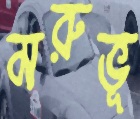
মরুভূ